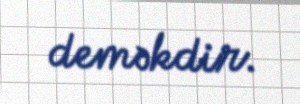
deməkdir.